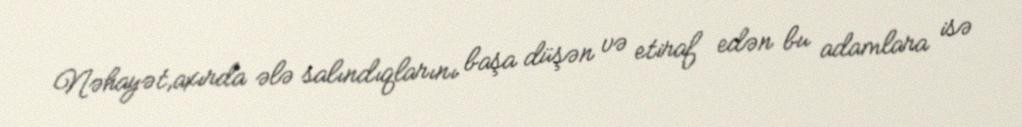
Nəhayət,axırda ələ salındıqlarını başa düşən və etiraf edən bu adamlara isə